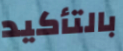
بالتأكيد